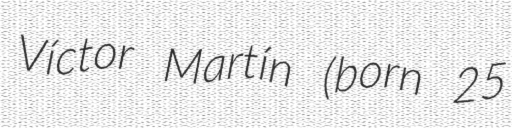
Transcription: Víctor Martín (born 25